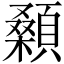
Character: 顙